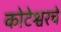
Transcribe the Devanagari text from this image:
कोटेश्वरचे